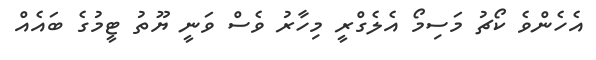
އެހެންވެ ކޯޗު މަސިމޯ އެލެގްރީ މިހާރު ވެސް ވަނީ ޔޫތު ޓީމުގެ ބައެއް